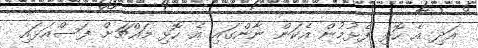
އަދި އެ ހޮޅި ފެޅުމުން އެކަން ނާންގައި އެ ހޮޅި މައްޗަށް ފަސްއަޅައި